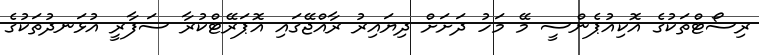
ރިސޯޓްތަކުގެ އޮކިއުޕެންސީ މޭ މަހު ދަށަށް ދިޔައިރު ރާއްޖޭގައި އޮޕަރޭޓްކުރާ ސަފާރީ އުޅަނދުތަކުގެ